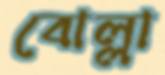
বোল্লা